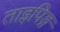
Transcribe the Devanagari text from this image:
ताइपिङ्ग